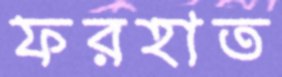
ফরহাত